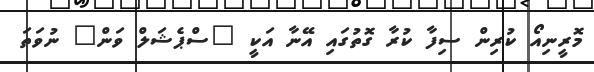
މޮރީނިއޯ ކުރިން ސިފާ ކުރާ ގޮތުގައި އޭނާ އަކީ "ސްޕެޝަލް ވަން" ނުވަތަ